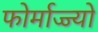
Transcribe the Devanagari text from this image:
फोर्माज्ज्यो